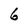
Character: 6